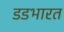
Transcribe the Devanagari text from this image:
डडभारत